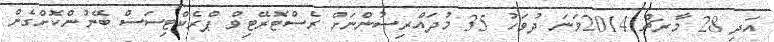
އަދި 28 މާރޗް 2014ވަނަ ދުވަހު 35 މުދައްރިސުންނަށް ރެސްޓޮރޭޓިވް ޕްރެކްޓިސަސް ބޭނުންކޮށްގެން